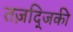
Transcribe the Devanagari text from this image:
तज़द्जिकी